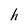
Character: h